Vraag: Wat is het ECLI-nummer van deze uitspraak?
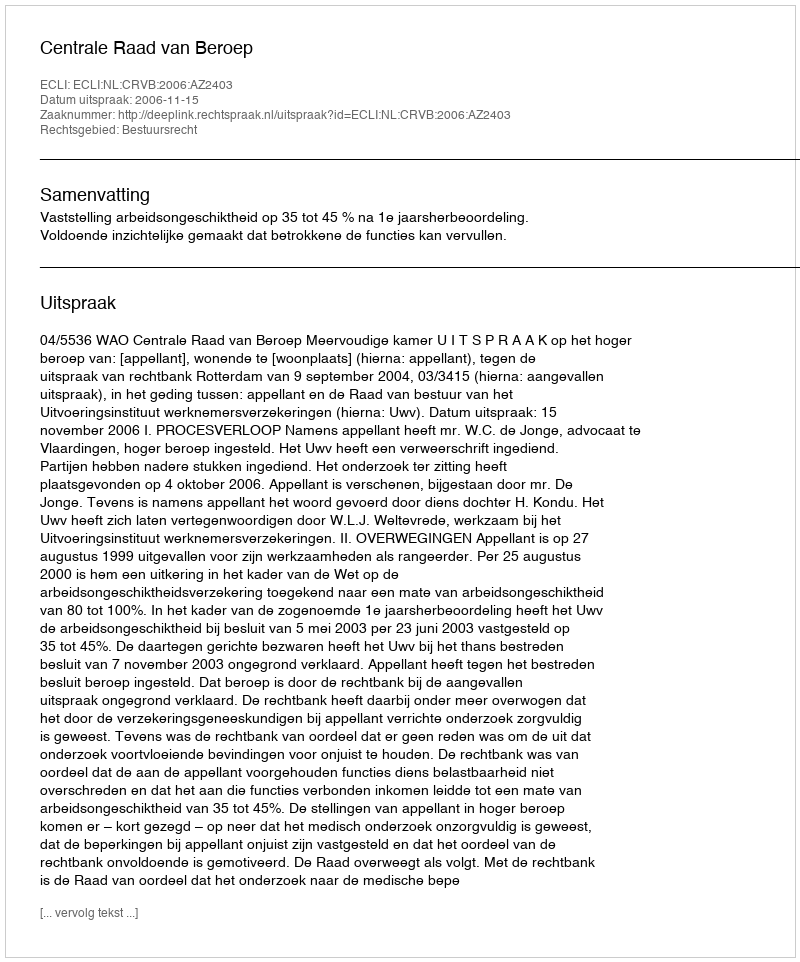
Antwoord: ECLI:NL:CRVB:2006:AZ2403